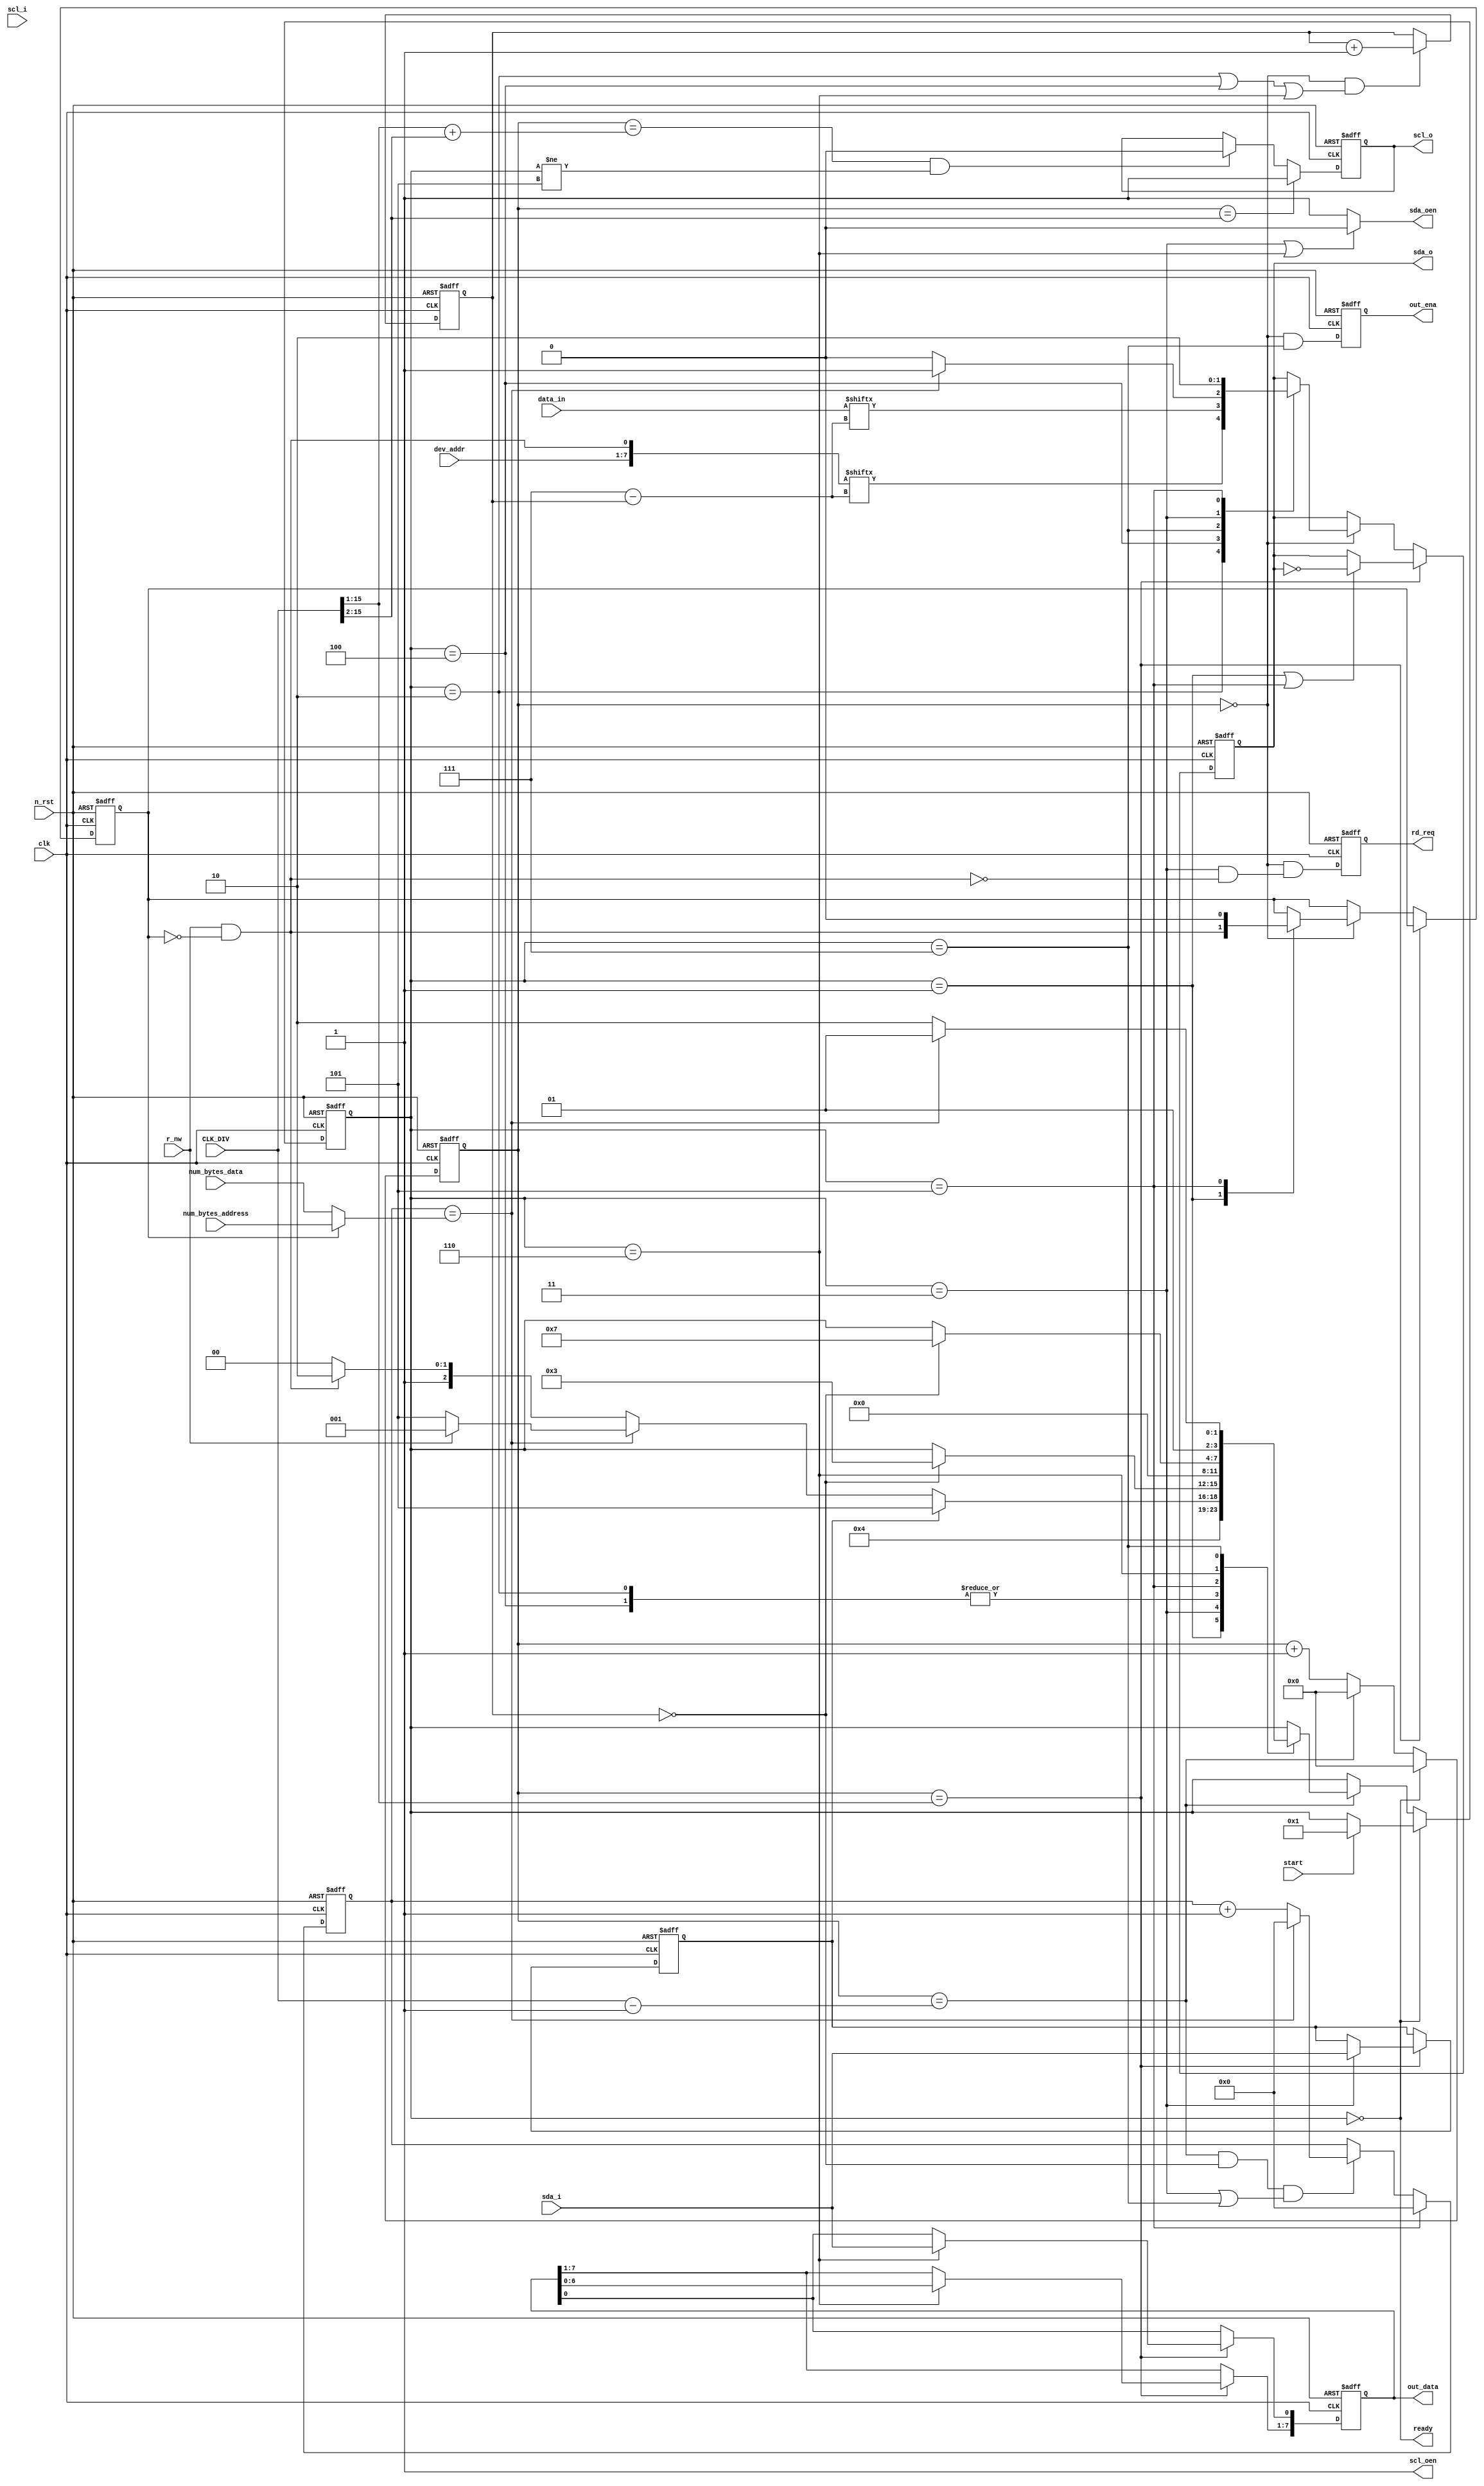
module i2c_master_teddy (
  input [15:0] CLK_DIV,
  
  input       clk,
  input       n_rst,
  input       start,
  input       r_nw,     // 0 = write, 1 = read
  input [6:0] dev_addr,
  input [7:0] data_in,
  input [7:0] num_bytes_data,
  input [7:0] num_bytes_address,
  output      ready,
  
  input      sda_i,
  output reg sda_o,
  output     sda_oen,
  input      scl_i,
  output reg scl_o,
  output     scl_oen,
  
  output reg [7:0] out_data,
  output reg       out_ena,
  output reg       rd_req
  
  // debug
  //output [3:0] my_state,
  //output [2:0] my_cnt_bit,
  //output [7:0] my_cnt_byte,
  //output       my_ack,
  //output [15:0] my_cnt_clk,
  //output       my_address_stage,
  //output       my_rep_start
);

wire [15:0] CLK_DIV_MINUS_ONE = CLK_DIV - 1'b1;
wire [15:0] QUARTER = CLK_DIV >> 2;
wire [15:0] HALF = CLK_DIV >> 1;
wire [15:0] THREE_QUARTERS = HALF + QUARTER;

localparam IDLE         = 0;
localparam SET_START    = 1;
localparam SET_DEV_ADDR = 2;
localparam CHECK_ACK    = 3;
localparam SET_DATA     = 4;
localparam SET_STOP     = 5;
localparam GET_DATA     = 6;
localparam SET_ACK      = 7;

reg [3:0] state;
reg [2:0] cnt_bit;
reg [7:0] cnt_byte;
reg ack;    // 0 = acknowledged, 1 = not acknowledged
reg [15:0] cnt_clk;        // increase width LATER
reg address_stage;
wire [7:0] num_bytes = address_stage ? num_bytes_address : num_bytes_data;
wire rep_start = r_nw & (!address_stage);
wire [7:0] dev_addr_plus_r_nw = {dev_addr, rep_start};
wire last_byte_condition = (cnt_byte == num_bytes);

assign sda_oen = ((state == CHECK_ACK) | (state == GET_DATA)) ? 1'b0 : 1'b1;
assign scl_oen = 1'b1;
assign ready = (state == IDLE);


// state machine reg only
always @ (posedge clk or negedge n_rst)
  if (!n_rst)
    state <= IDLE;
  else
    begin
    if (state == IDLE)
      begin
      if (start)
        state <= SET_START;
      end
    else  // all state except IDLE change at the end of cnt_clk
      if (cnt_clk == CLK_DIV_MINUS_ONE)
        case (state)
        SET_START:
          state <= SET_DEV_ADDR;
        SET_DEV_ADDR:
          if (cnt_bit == 0)
            state <= CHECK_ACK;
        CHECK_ACK:
          if (!ack)
            begin
            if (last_byte_condition)  // if last byte
              begin
              if (!r_nw)                //    if write, we go to stop
                state <= SET_STOP; 
              else                      //    if read, we go to repeating start
                state <= SET_START;
              end
            else                        // if not last byte
              begin
              if (rep_start)            //    if repeated start, go get first data
                state <= GET_DATA;
              else
                state <= SET_DATA;      //    if not repeated start, set next data
              end
            end
          else  // if nack
            state <= SET_STOP;
        SET_DATA:
          if (cnt_bit == 0)
            state <= CHECK_ACK;
        SET_STOP:
          state <= IDLE;
        GET_DATA:
          if (cnt_bit == 0)
            state <= SET_ACK;
        SET_ACK:
          if (last_byte_condition)
            state <= SET_STOP;
          else
            state <= GET_DATA;
        endcase
    end




always @ (posedge clk or negedge n_rst)
  if (!n_rst)
    begin
    sda_o <= 1;
    cnt_bit <= 0;
    ack <= 1;
    cnt_byte <= 0;
    out_data <= 0;
    out_ena <= 0;
    address_stage <= 0;
    rd_req <= 0;
    end
  else
    begin
    if ((cnt_clk == 0) & ((state == SET_DEV_ADDR) | (state == SET_DATA) | (state == GET_DATA)))
      cnt_bit <= cnt_bit + 1'b1;
    
    
    //if (state == SET_STOP)
    //  cnt_byte <= 0;
    //else if ((state == SET_DATA) & (cnt_clk == 0) & (cnt_bit == 0))
    //  cnt_byte <= cnt_byte + 1'b1;
    if (state == SET_STOP)
      cnt_byte <= 0;
    else if ((cnt_clk == CLK_DIV_MINUS_ONE) & (cnt_bit == 0) & ((state == CHECK_ACK) | (state == SET_ACK)))
      begin
      if (cnt_byte == num_bytes)
        cnt_byte <= 0;
      else
        cnt_byte <= cnt_byte + 1'b1;
      end

    
    
    if (cnt_clk == HALF)  // in these states, regs change on half-period
      begin
      if ((state == SET_START) | (state == SET_STOP))
        sda_o <= ~sda_o;
      if (state == CHECK_ACK)
        ack <= sda_i;
      if (state == GET_DATA)
        begin
        out_data[7:1] <= out_data[6:0];
        out_data[0] <= sda_i;
        end
      end
    else if (cnt_clk == 0)  // in the remaining states, regs change at start of period
      case (state)
        SET_START:
          address_stage <= rep_start;
        SET_DEV_ADDR:
          sda_o <= dev_addr_plus_r_nw[3'd7 - cnt_bit];
        SET_DATA:
          sda_o <= data_in[3'd7 - cnt_bit];
        SET_ACK:
          begin
          if (last_byte_condition)
            sda_o <= 1;
          else
            sda_o <= 0;
          end
        CHECK_ACK:
          sda_o <= 1; // maybe????
        SET_STOP:
          begin
          sda_o <= 0; // maybe????
          address_stage <= 0;
          end
      endcase

    
    out_ena <= (cnt_clk == 0) & (state == SET_ACK);
    
    rd_req <= (cnt_clk == 0) & ((state == CHECK_ACK) & (!rep_start));
    
    end


// cnt_clk reg
always @ (posedge clk or negedge n_rst)
  if (!n_rst)
    cnt_clk <= 0;
  else if (state == IDLE) // sync rst
    cnt_clk <= 0;
  else
    begin
    if (cnt_clk == CLK_DIV_MINUS_ONE)
      cnt_clk <= 0;
    else
      cnt_clk <= cnt_clk + 1'b1;
    end



// scl_o reg
always @ (posedge clk or negedge n_rst)
  if (!n_rst)
    scl_o <= 1;
  else
    begin
    if (cnt_clk == QUARTER)
      scl_o <= 1;
    else if ((cnt_clk == THREE_QUARTERS) & (state != SET_STOP))
      scl_o <= 0;
    
    // either expressions work. in case of no troubles, delete commented section
    //if (((cnt_clk == QUARTER) & (state != SET_START)) | ((cnt_clk == THREE_QUARTERS) & (state != SET_STOP)))
    //  scl_o <= ~scl_o;
    end




// debug assigns
//assign my_state = state;
//assign my_cnt_bit = cnt_bit;
//assign my_cnt_byte = cnt_byte;
//assign my_ack = ack;
//assign my_cnt_clk = cnt_clk;
//assign my_address_stage = address_stage;
//assign my_rep_start = rep_start;



endmodule